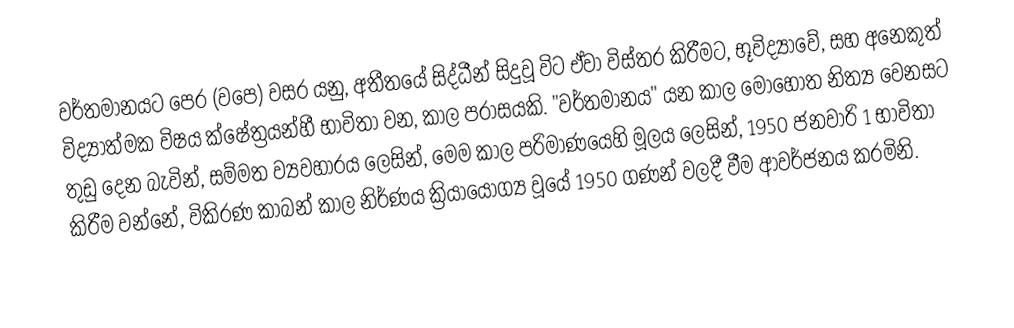
වර්තමානයට පෙර (වපෙ) වසර  යනු,  අතීතයේ සිද්ධීන් සිදුවූ විට ඒවා විස්තර කිරීමට,  භූවිද්‍යාවේ, සහ අනෙකුත් විද්‍යාත්මක විෂය ක්ෂේත්‍රයන්හී  භාවිතා වන, කාල පරාසයකි.  "වර්තමානය" යන කාල  මොහොත නිත්‍ය වෙනසට තුඩු දෙන බැවින්, සම්මත ව්‍යවහාරය ලෙසින්, මෙම කාල පරිමාණයෙහි මූලය ලෙසින්, 1950 ජනවාරි 1 භාවිතා කිරීම වන්නේ,  විකිරණ කාබන් කාල නිර්ණය ක්‍රියායෝග්‍ය වූයේ 1950 ගණන් වලදී වීම ආවර්ජනය කරමිනි.